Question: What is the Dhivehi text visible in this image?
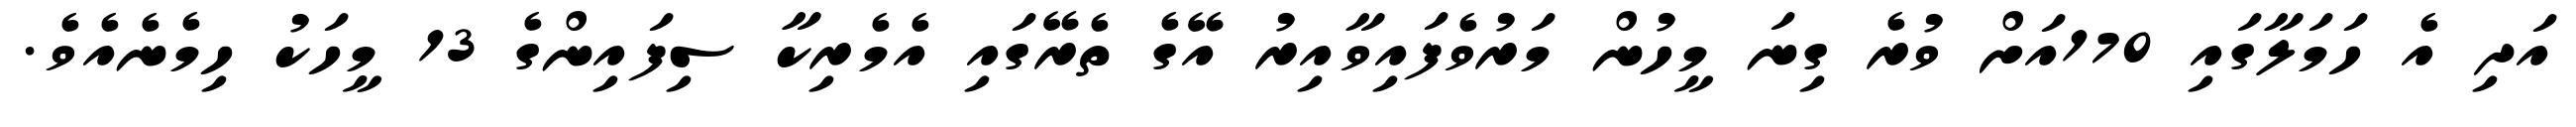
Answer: އަދި އެ ހަމަލާގައި 170އަށް ވުރެ ގިނަ މީހުން މަރުވެފައިވާއިރު އޭގެ ތެރޭގައި އެމެރިކާ ސިފައިންގެ 13 މީހަކު ހިމެނެއެވެ.